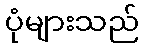
ပုံများသည်